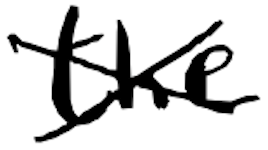
Text: the
Cross-out: cross
Writing tool: digital_black